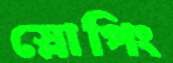
স্লোপিং